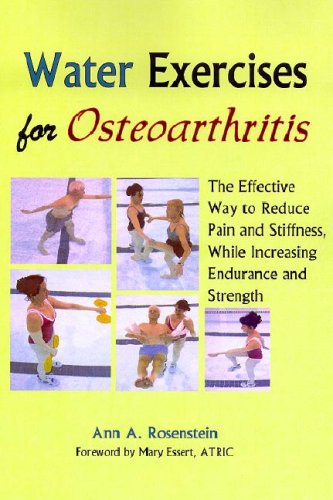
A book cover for Water Exercises for Osteoarthritis: The Effective Way to Reduce Pain and Stiffness, While Increasing Endurance and Strength; Ann A. Rosenstein; Health, Fitness & Dieting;